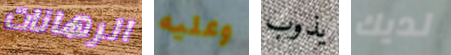
الرهانات وعليه يذوب لديك